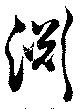
淵